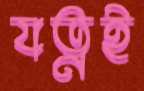
যত্নই